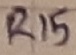
Text: R15